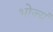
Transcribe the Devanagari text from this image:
भोज्यं